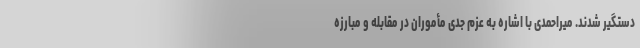
دستگیر شدند. میراحمدی با اشاره به عزم جدی مأموران در مقابله و مبارزه